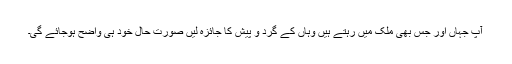
آپ جہاں اور جس بھی ملک میں رہتے ہیں وہاں کے گرد و پیش کا جائزہ لیں صورت حال خود ہی واضح ہوجائے گی۔